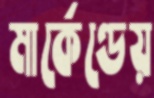
মার্কেণ্ডেয়